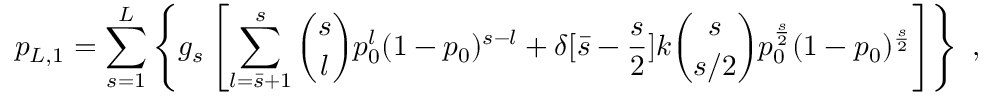
p _ { L , 1 } = \sum _ { s = 1 } ^ { L } \left\{ g _ { s } \left[ \sum _ { l = \bar { s } + 1 } ^ { s } { \binom { s } { l } } p _ { 0 } ^ { l } ( 1 - p _ { 0 } ) ^ { s - l } + \delta [ \bar { s } - \frac { s } { 2 } ] k { \binom { s } { s / 2 } } p _ { 0 } ^ { \frac { s } { 2 } } ( 1 - p _ { 0 } ) ^ { \frac { s } { 2 } } \right] \right\} \ ,